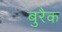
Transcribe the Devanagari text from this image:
बुरैक